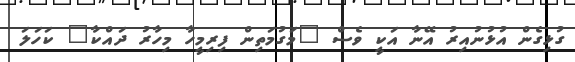
ގުޅިގެން އުޅުނުއިރު އޭނާ އަކީ ވެސް "މަގުމަތިން ފިރިމީހާ މިހާރު ދައްކާ" ކަހަލަ